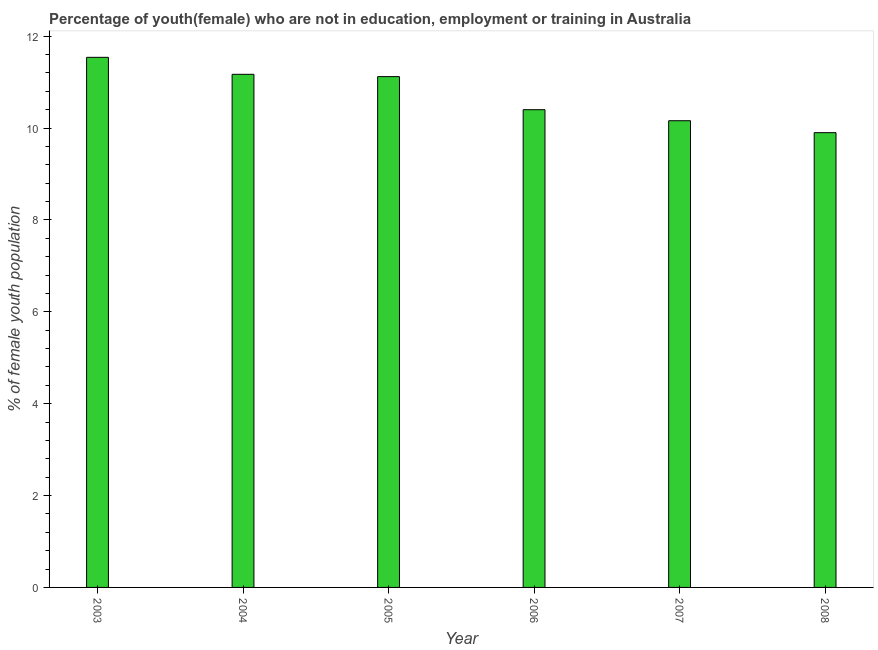
| Year | Unemployed(female) |
 | --- | --- |
 | 2003 | 11.5 |
 | 2004 | 11.2 |
 | 2005 | 11.1 |
 | 2006 | 10.4 |
 | 2007 | 10.2 |
 | 2008 | 9.9 |